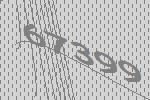
67399